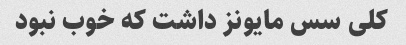
کلی سس مایونز داشت که خوب نبود